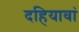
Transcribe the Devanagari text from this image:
दहियावां